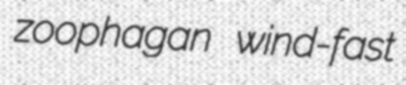
zoophagan wind-fast